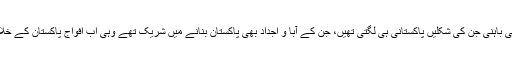
وہاں مشرقی پاکستان کی سرحدوں کے اندر ہی بنگالی مکتی باہنی جن کی شکلیں پاکستانی ہی لگتی تھیں، جن کے آبا و اجداد بھی پاکستان بنانے میں شریک تھے وہی اب افواج پاکستان کے خلاف تھے اور ہر پاکستانی کے خلاف جنگ کر رہے تھے ۔